Haapsalu_Metskond, lk 3
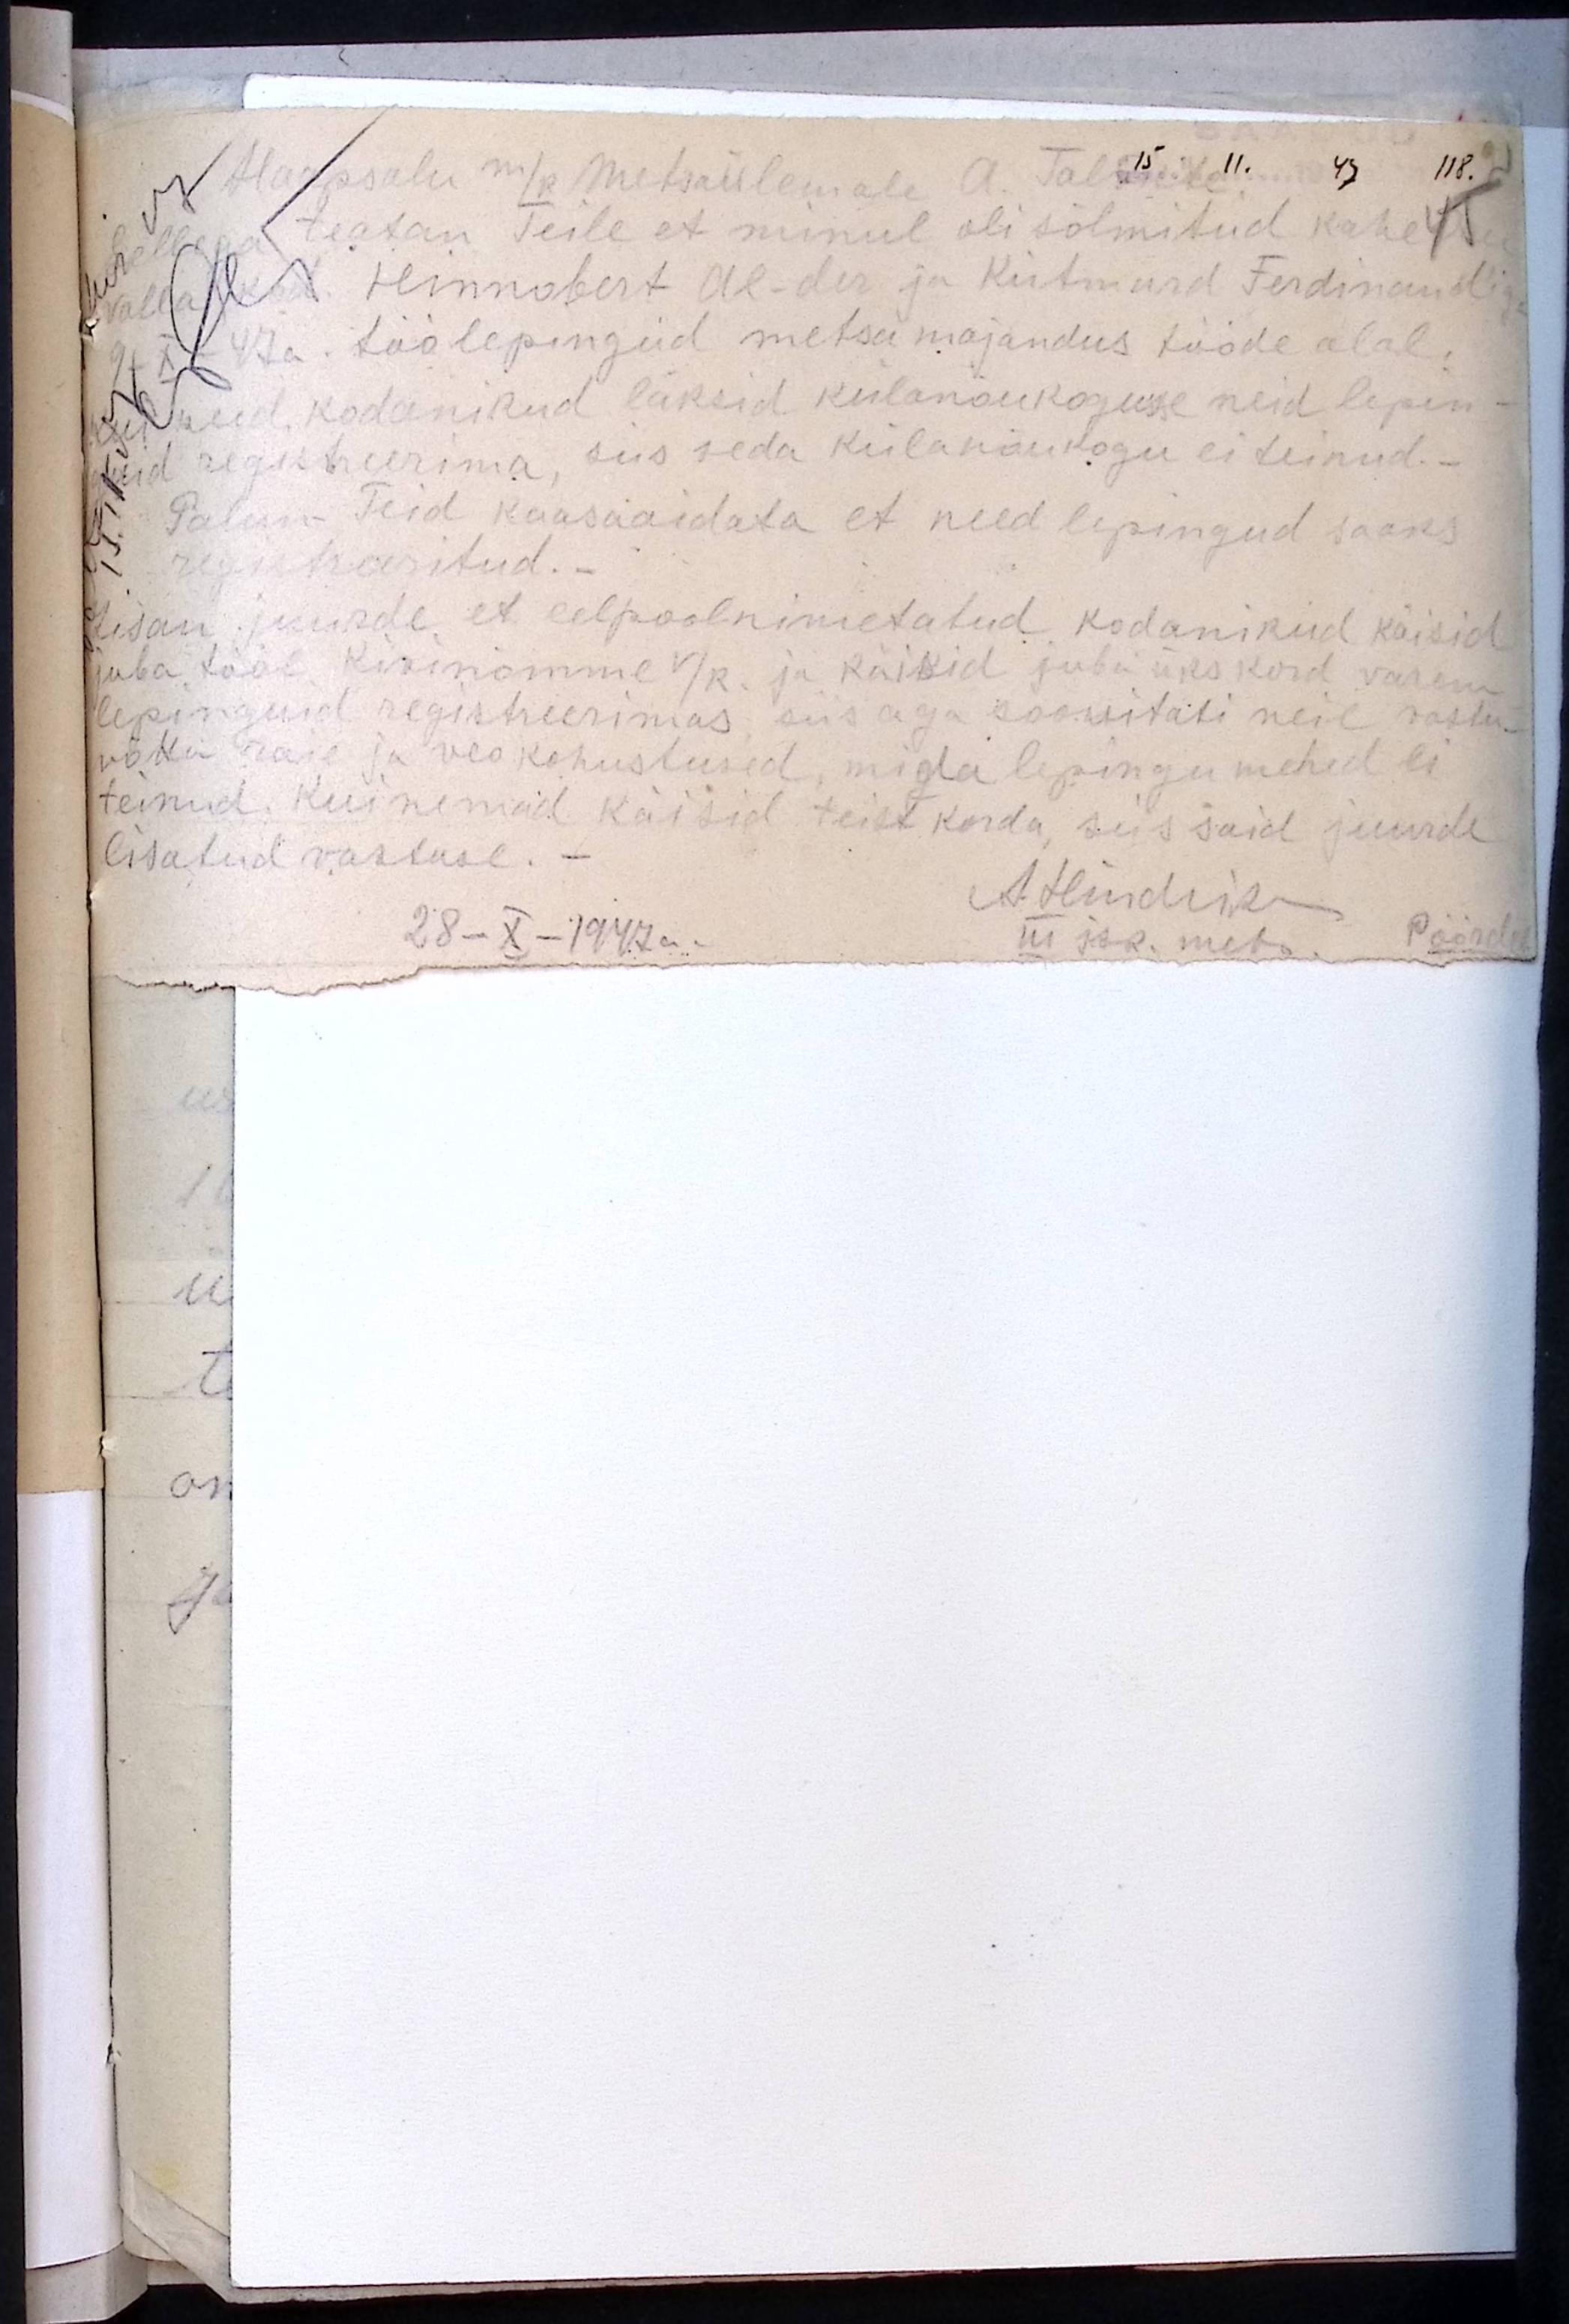
Haapsalu m/k Metsaülemale A. Talviste.
118.
45
Sellega teatan Teile et minul oli sõlmitud kahe
valla kod. Hinnobert Al-der ja Kütmurd Ferdinandiga
9 - X - 47a.  töölepingud metsamajandus tööde alal,
kui need kodanikud läksid külanõukogusse neid lepin-
guid registreerima, siis seda külanõukogu ei teinud._
Palun Teid kaasaaidata et need lepingud saaks
registreeritud._
Lisan juurde, et eelpoolnimetatud kodanikud käisid
juba tööl. Kivinõmme v/k. ja käisid juba üks kord varem
lepinguid registreerimas siis aga soowitati neil vastu-
võtta raie ja veo kohustused, mida lepingu mehed ei
teinud. Kui nemad käisid teist korda, siis said juurde
lisatud vastuse.-
A. Hindrik
28 - X - 1947 a.
III jsk. mets.
Pöördel